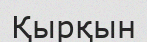
Қырқын